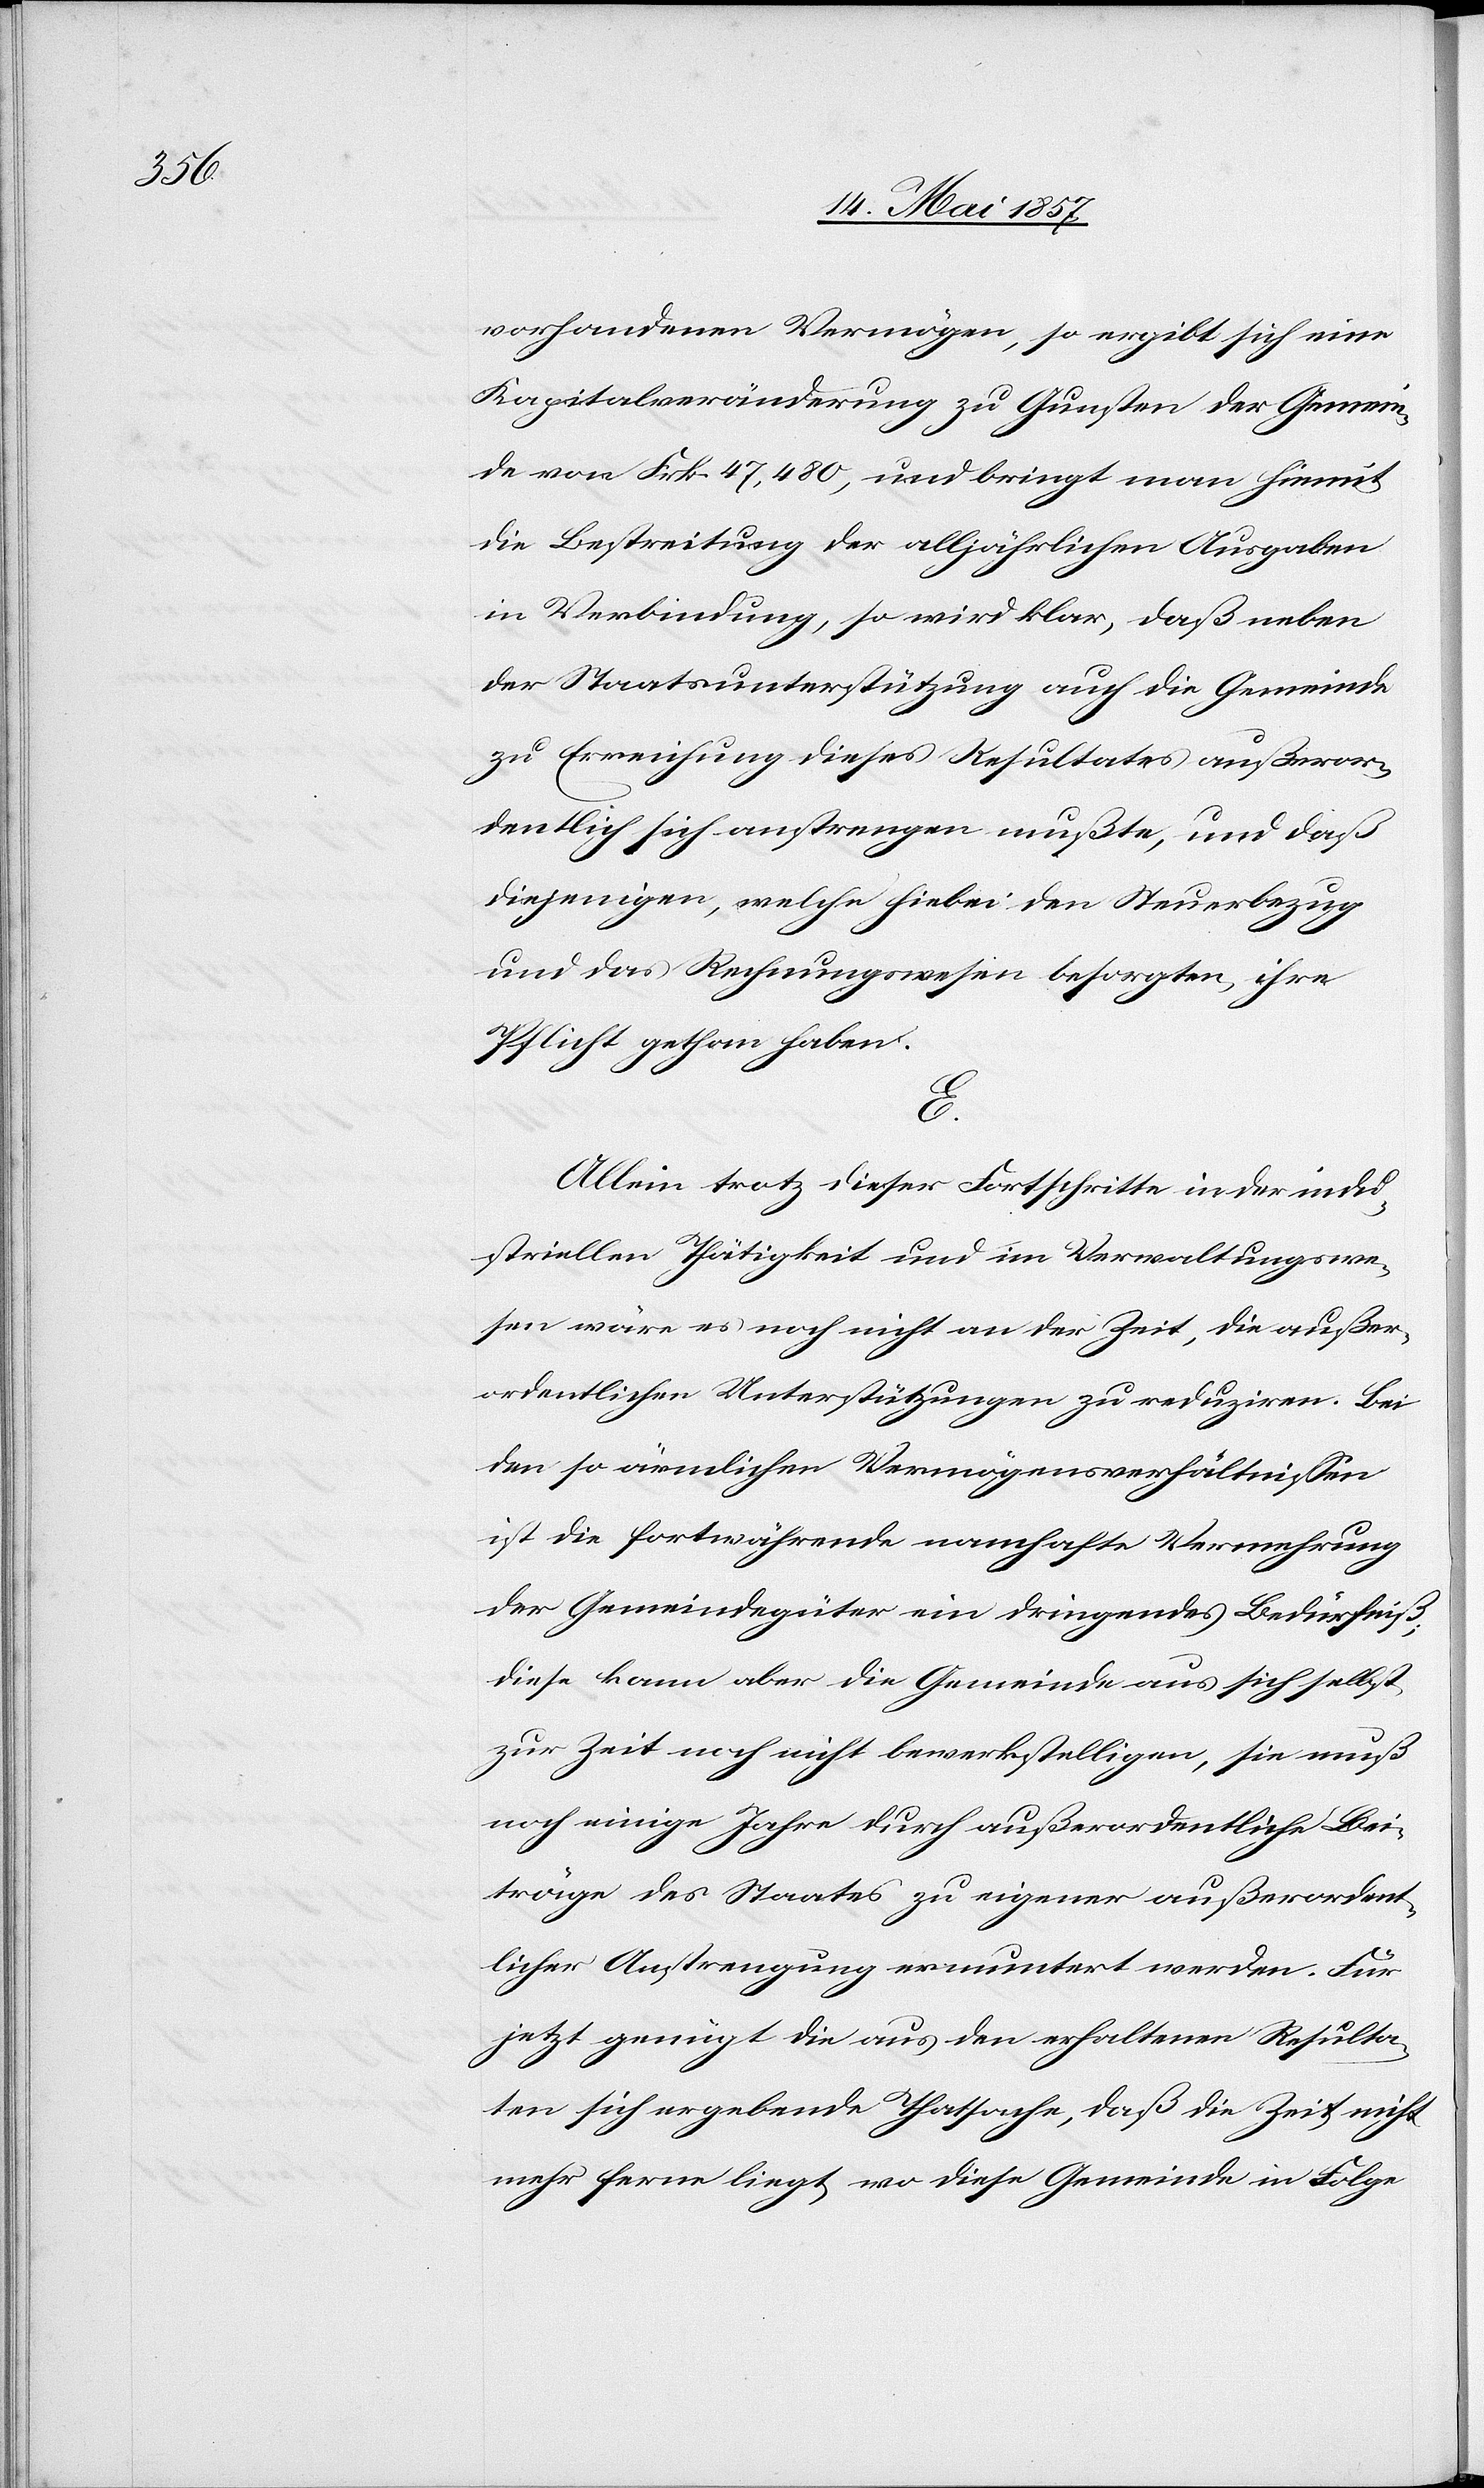
vorhandenen Vermögen, so ergibt sich eine
Kapitalveränderung zu Gunsten der Gemein¬
de von Frk. 47,480, und bringt man hiemit
die Bestreitung der alljährlichen Ausgaben
in Verbindung, so wird klar, daß neben
der Staatsunterstützung auch die Gemeinde
zu Erreichung dieses Resultates außeror¬
dentlich sich anstrengen mußte, und daß
diejenigen, welche hiebei den Steuerbezug
und das Rechnungswesen besorgten, ihre
Pflicht gethan haben.
E.
Allein trotz dieser Fortschritte in der indu¬
striellen Thätigkeit und im Verwaltungswe¬
sen wäre es noch nicht an der Zeit, die außer¬
ordentlichen Unterstützungen zu reduziren. Bei
den so ärmlichen Vermögensverhältnissen
ist die fortwährende namhafte Vermehrung
der Gemeindegüter ein dringendes Bedürfniß;
diese kann aber die Gemeinde aus sich selbst
zur Zeit noch nicht bewerkstelligen, sie muß
noch einige Jahre durch außerordentliche Bei¬
träge des Staates zu eigener außerordent¬
licher Anstrengung ermuntert werden. Für
jetzt genügt die aus den erhaltenen Resulta¬
ten sich ergebende Thatsache, daß die Zeit nicht
mehr ferne liegt, wo diese Gemeinde in Folge